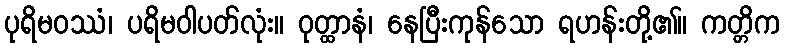
ပုရိမဝဿံ၊ ပရိမဝါပတ်လုံး။ ဝုတ္ထာနံ၊ နေပြီးကုန်သော ရဟန်းတို့၏။ ကတ္တိက